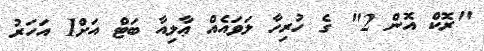
"ރޮކް އޮން 2" ގެ ހުރިހާ ލަވައެއް ޢާލިއާ ބަޓް އަށް1 އަހަރު